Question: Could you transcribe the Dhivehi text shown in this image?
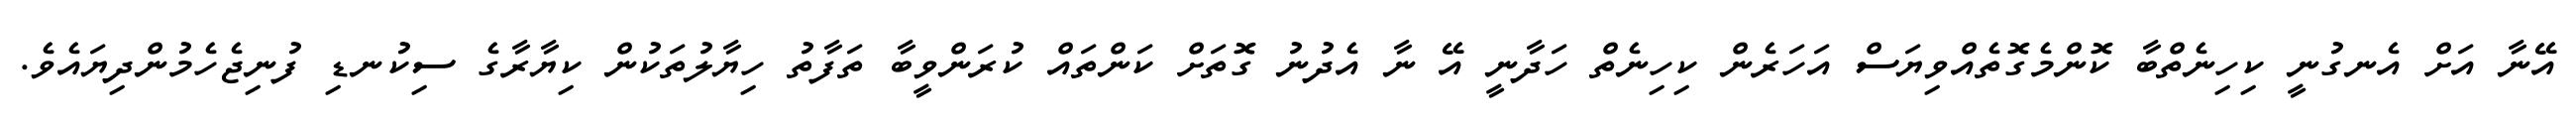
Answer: އޭނާ އަށް އެނގުނީ ކިހިނެތްބާ ކޮންމެގޮތެއްވިޔަސް އަހަރެން ކިހިނެތް ހަދާނީ އޭ ނާ އެދުނު ގޮތަށް ކަންތައް ކުރަންވީބާ ތަފާތު ހިޔާލުތަކުން ކިޔާރާގެ ސިކުނޑި ފުނިޖެހެމުންދިޔައެވެ.